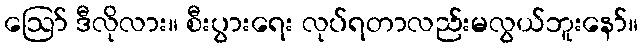
ဪ ဒီလိုလား။ စီးပွားရေး လုပ်ရတာလည်းမလွယ်ဘူးနော်။